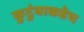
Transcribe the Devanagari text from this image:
कुटुंबाकडेच